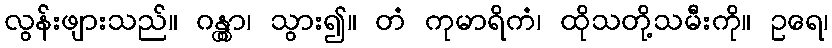
လွန်းဖျားသည်။ ဂန္တွာ၊ သွား၍။ တံ ကုမာရိကံ၊ ထိုသတို့သမီးကို။ ဥရေ၊